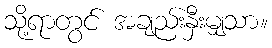
သို့ရာတွင် အချည်းနှီးမျှသာ။